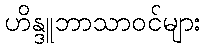
ဟိန္ဒူဘာသာဝင်များ